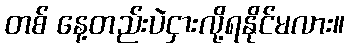
တစ် နေ့တည်းပဲငှားလို့ရနိုင်မလား။